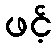
ဖင့်